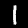
Digit: 1